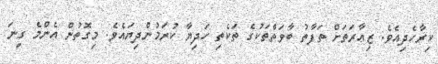
ކިރާހެދިއެވެ. ޒިއާރަތަށް ތަފާތު ބާވަތްތަކުގެ ތަކެތި ހަދިޔާ ކުރަމުންދިޔައެވެ. މިގޮތުން އެންމެ ގިނަ